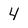
Character: 4